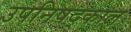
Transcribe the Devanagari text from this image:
उपनिषद्काल